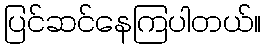
ပြင်ဆင်နေကြပါတယ်။